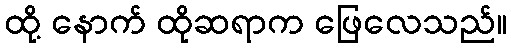
ထို့ နောက် ထိုဆရာက ဖြေလေသည်။